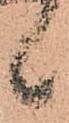
候